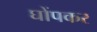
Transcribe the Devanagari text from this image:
घोंपकर